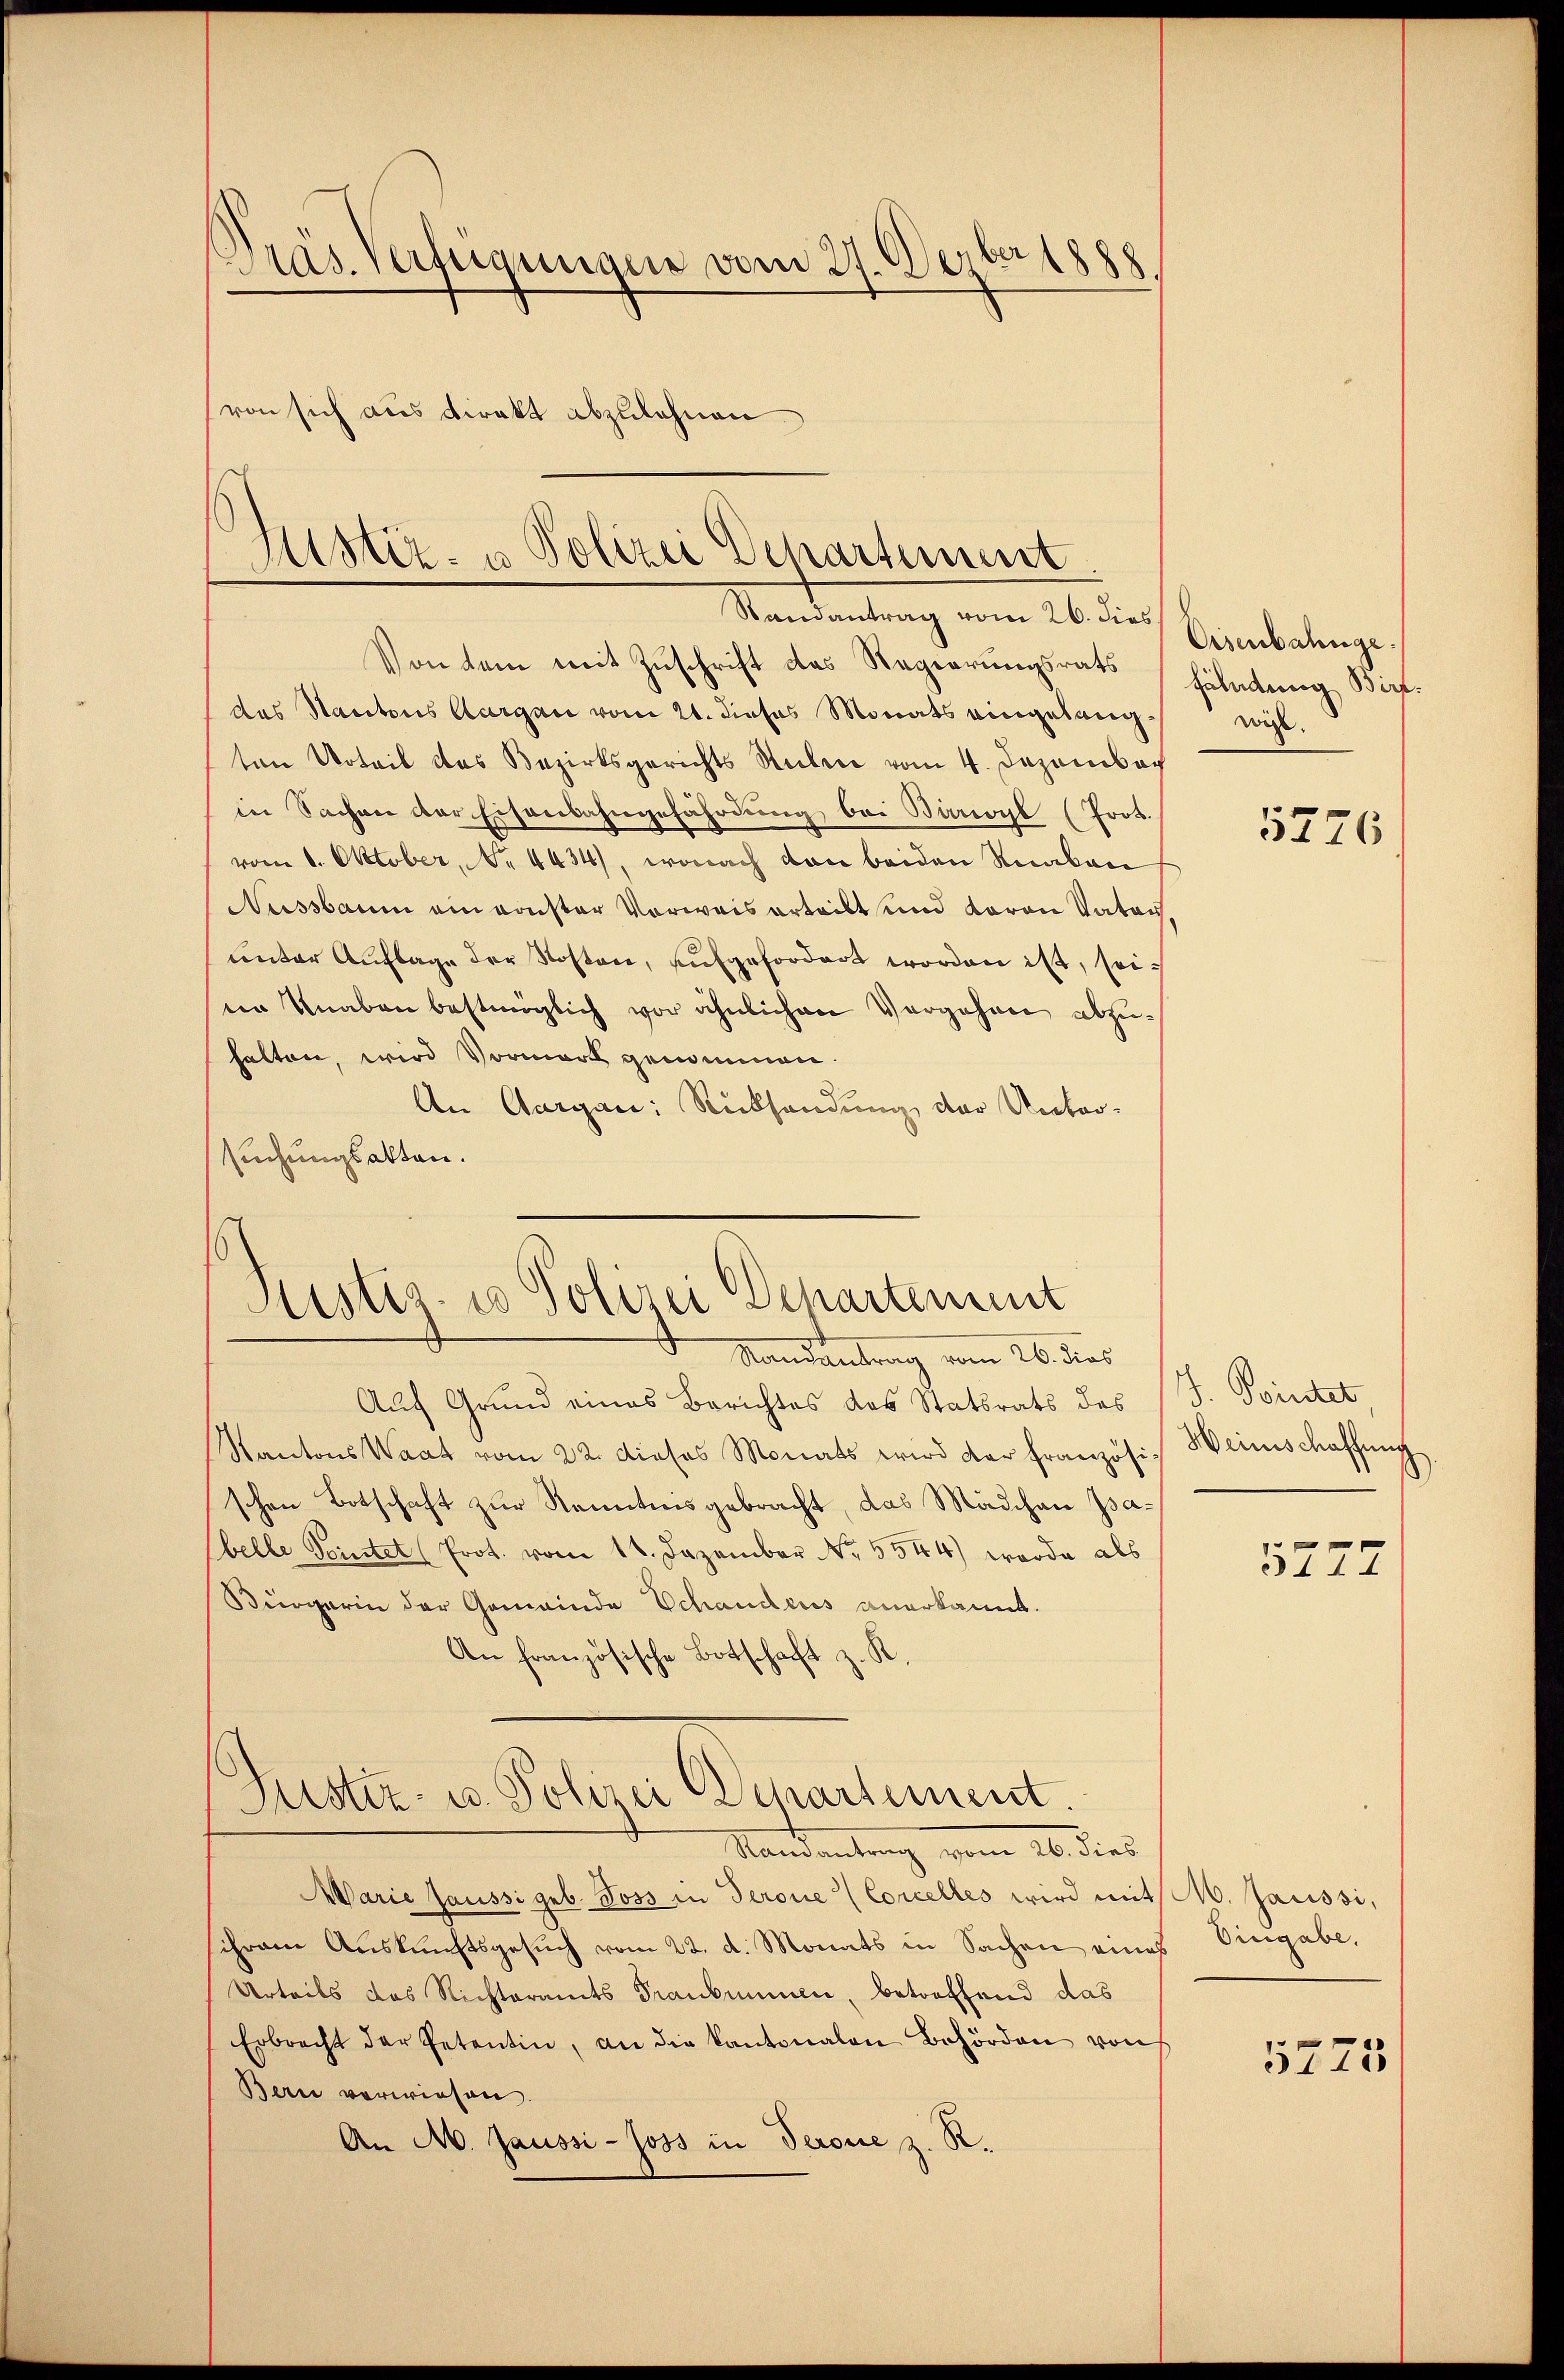
Präs. Verfügungen vom 27. Derber 1888.
von sich aus Direkt abzulehnen.

Mstiz- u Polizei Departement
Randantrag vom 26. dies

Von dem mit Zuschrift des Regierungsrats
das Stantons Aargau vom 21. dieses Monats eingelangten Urteil das Bezirksgerichts Seitere vom 4. Dezembach
in Sachen der Eisenbahngefährdung bei Baroyl (Prot.
vom 1. Oktober, No. 4434), wonach von beiden Reakan
Nussbaum ein sonster Vorweis erteilt und daran Vater,
unter Auflage der Kosten, aufgefordert worden ist, seinn Knaben bestmöglich vor ähnlichen Vergehen abzuhalten, wird Vormerk genommen.
An Aargau: Rücksendung der Untersuchungsakten.

Justiz- u Polizei Departement

Randantrag vom 26. dies
Auf Grund eines Berichtes das Statsrats des
Kantons Waat vom 22. dieses Monats wird der französischen Botschaft zur Kenntnis gebracht, das Mädchen Isabelle Peintet (Prot. vom 14. Dezember No. 5544) werde als
Sürgerin der Gemeinde Schaudeus anerkannt.
An französische Botschaft z. K

Justiz- u. Polizei Departement.
Mandantung vom 26. dies

Marie Haussi geb. Joss in Serone (Corcelles wird mit M. Gaussi,
schram Auskunftsgesuch vom 22. d. Monats in Sachen eines Vingabe,
Urteils das Richteramts Traubunnen, betreffend das
Erbrecht der Petentin, an die Kantonalen Behörden von
Bern verwiesen.
An A. Gaussi-Joss in Serone z. R.

Eisenbahnge.
fälndung Birf.
wil.

5776

J. Pointet
Weinschaffung

5772

5725